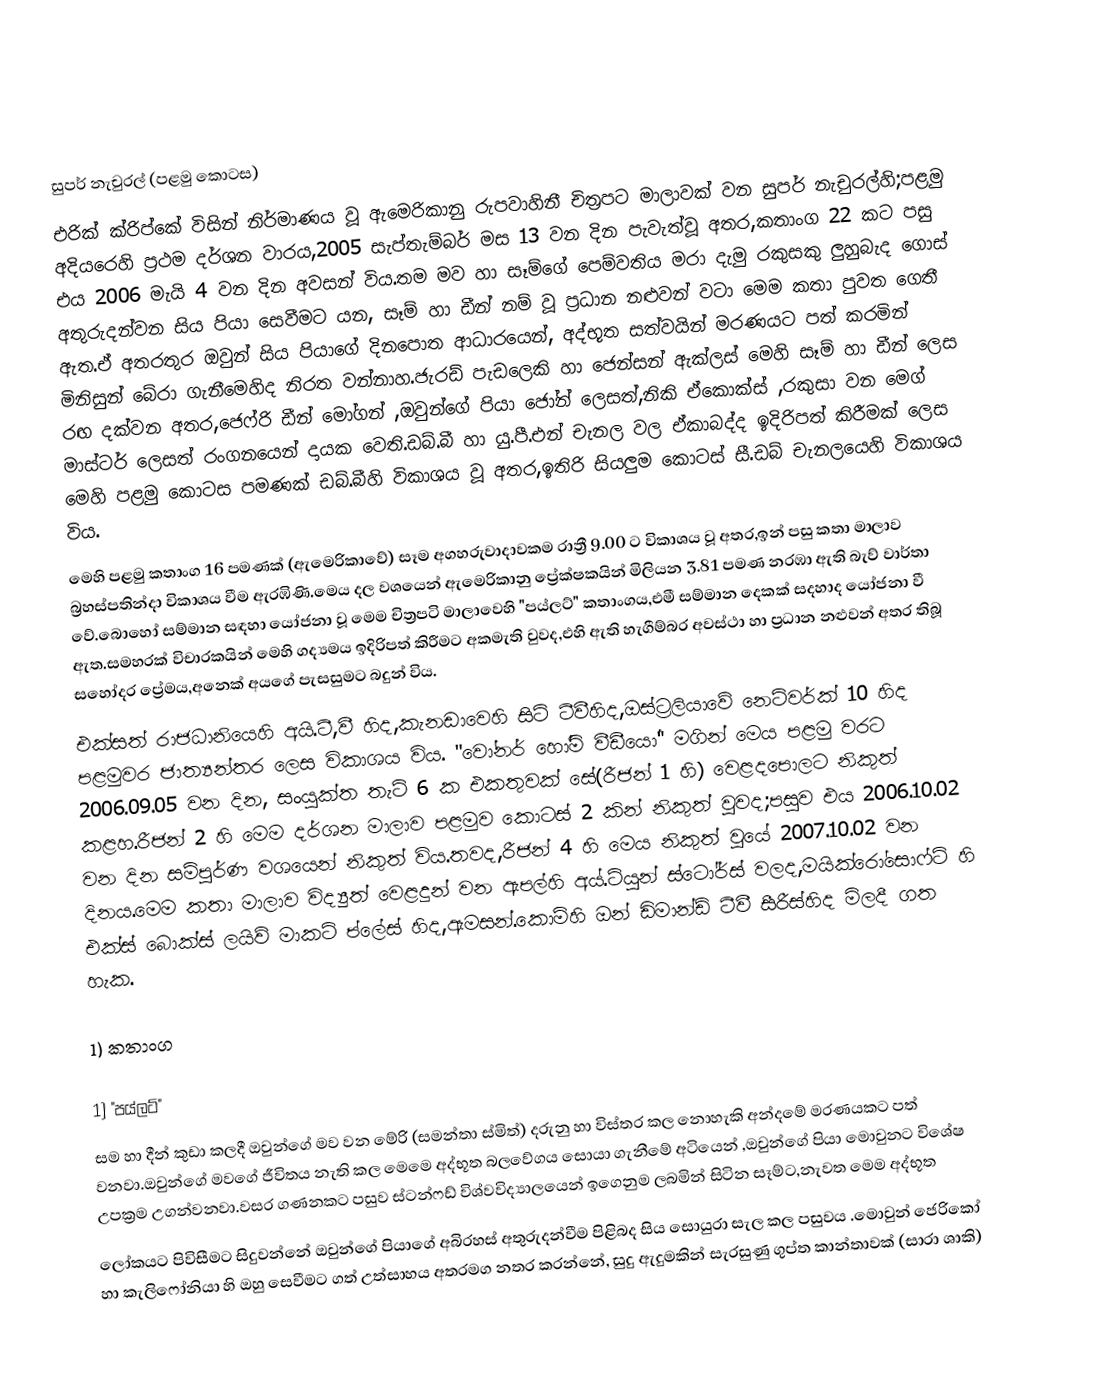

සුපර් නැචුරල් (පළමු කොටස)
එරික් ක්රිප්කේ විසින් නිර්මාණය වූ ඇමෙරිකානු රුපවාහිනී චිත්‍රපට මාලාවක් වන සුපර් නැචුරල්හි;පළමු අදියරෙහි ප්‍රථම දර්ශන වාරය,2005 සැප්තැම්බර් මස 13 වන දින පැවැත්වූ අතර,කතාංග 22 කට පසු එය 2006 මැයි 4 වන දින අවසන් විය.තම මව හා සෑම්ගේ පෙම්වතිය මරා දැමු රකුසකු ලුහුබැද ගොස් අතුරුදන්වන සිය පියා සෙවීමට යන, සෑම් හා ඩීන් නම් වූ ප්‍රධාන නළුවන් වටා මෙම කතා පුවත ගෙතී ඇත.ඒ අතරතුර ඔවුන් සිය පියාගේ දිනපොත ආධාරයෙන්, අද්භූත සත්වයින් මරණයට පත් කරමින් මිනිසුන් බේරා ගැනීමෙහිද නිරත වන්නාහ.ජැරඩ් පැඩලෙකි හා ජෙන්සන් ඇක්ලස් මෙහි සෑම් හා ඩීන් ලෙස රඟ දක්වන අතර,ජෙෆ්රි ඩීන් මෝගන් ,ඔවුන්ගේ පියා ජෝන් ලෙසත්,නිකි ඒකොක්ස් ,රකුසා වන මෙග් මාස්ටර් ලෙසත් රංගනයෙන් දායක වෙති.ඩබ්.බී හා යු.පී.එන් චැනල වල ඒකාබද්ද ඉදිරිපත් කිරීමක් ලෙස මෙහි පළමු කොටස පමණක් ඩබ්.බීහි විකාශය වූ අතර,ඉතිරි සියලුම කොටස් සී.ඩබ් චැනලයෙහි විකාශය විය.
මෙහි පළමු කතාංග 16 පමණක් (ඇමෙරිකාවේ) සෑම අගහරුවාදාවකම රාත්‍රී 9.00 ට විකාශය වූ අතර,ඉන් පසු කතා මාලාව බ්‍රහස්පතින්දා විකාශය වීම ඇරඹිණි.මෙය දල වශයෙන් ඇමෙරිකානු ප්‍රේක්ෂකයින් මිලියන 3.81 පමණ නරඹා ඇති බැව් වාර්තා වේ.බොහෝ සම්මාන සඳහා යෝජනා වූ මෙම චිත්‍රපටි මාලාවෙහි "පය්ලට්" කතාංගය,එමී සම්මාන දෙකක් සදහාද යෝජනා වී ඇත.සමහරක් විචාරකයින් මෙහි ගද්‍යමය ඉදිරිපත් කිරීමට අකමැති වුවද,එහි ඇති හැගීම්බර අවස්ථා හා ප්‍රධාන නළුවන් අතර තිබූ සහෝදර ප්‍රේමය,අනෙක් අයගේ පැසසුමට බදුන් විය.
එක්සත් රාජධානියෙහි අයි.ටී,වී හිද,කැනඩාවෙහි සිට් ටීවීහිද,ඔස්ට්‍රලියාවේ නෙට්වර්ක් 10 හිද පළමුවර ජාත්‍යන්තර ලෙස විකාශය විය. "වෝනර් හෝම් වීඩීයෝ" මගින් මෙය පළමු වරට 2006.09.05 වන දින, සංයුක්ත තැටි 6 ක එකතුවක් සේ(රීජන් 1 හි) වෙළදපොලට නිකුත් කළහ.රීජන් 2 හි මෙම දර්ශන මාලාව පළමුව කොටස් 2 කින් නිකුත් වුවද;පසුව එය 2006.10.02 වන දින සම්පුර්ණ වශයෙන් නිකුත් විය.තවද,රීජන් 4 හි මෙය නිකුත් වුයේ 2007.10.02 වන දිනය.මෙම කතා මාලාව විද්‍යුත් වෙළදුන් වන ඇපල්හි අය්.ටියුන් ස්ටෝර්ස් වලද,මයික්රෝසොෆ්ට්  හි එක්ස් බොක්ස් ලයිව් මාකට් ප්ලේස් හිද,ඇමසන්.කොම්හි ඔන් ඩිමාන්ඩ් ටීවී සීරීස්හිද මිලදී ගත හැක.

1) කතාංග

1) "පය්ලට්"
සම හා දීන් කුඩා කලදී ඔවුන්ගේ මව වන මේරි (සමන්තා ස්මිත්) දරුනු හා විස්තර කල නොහැකි අන්දමේ මරණයකට පත් වනවා.ඔවුන්ගේ මවගේ ජීවිතය නැති කල මෙමෙ අද්භූත බලවේගය සොයා ගැනීමේ  අටියෙන් ,ඔවුන්ගේ පියා මොවුනට විශේෂ උපක්‍රම උගන්වනවා.වසර ගණනකට පසුව ස්ටන්ෆඩ් විශ්වවිද්‍යාලයෙන් ඉගෙනුම ලබමින් සිටින සෑම්ට,නැවත මෙම අද්භූත
ලෝකයට පිවිසීමට සිදුවන්නේ ඔවුන්ගේ පියාගේ අබිරහස් අතුරුදන්වීම පිළිබද සිය සොයුරා සැල කල පසුවය .මොවුන් ජෙරිකෝ හා කැලිෆෝනියා හි ඔහු සෙවීමට ගත් උත්සාහය අතරමග නතර කරන්නේ, සුදු ඇදුමකින් සැරසුණු ගුප්ත කාන්තාවක් (සාරා ශාකි)